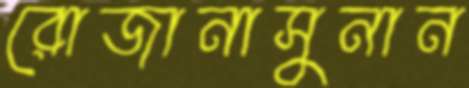
রোজানাসুনান